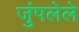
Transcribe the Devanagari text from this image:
जुंपलेले